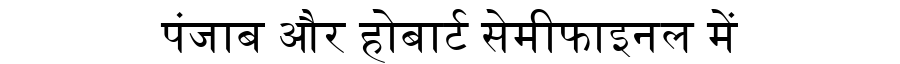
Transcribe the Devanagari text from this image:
पंजाब और होबार्ट सेमीफाइनल में